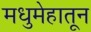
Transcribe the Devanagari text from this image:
मधुमेहातून